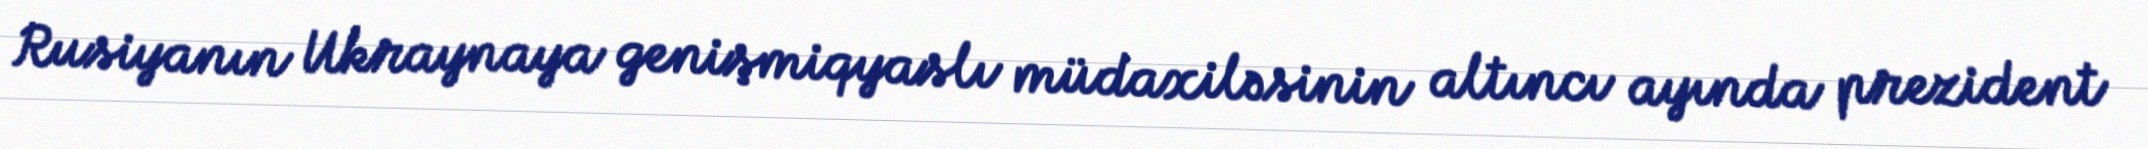
Rusiyanın Ukraynaya genişmiqyaslı müdaxiləsinin altıncı ayında prezident